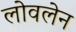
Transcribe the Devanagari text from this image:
लोवलेन